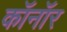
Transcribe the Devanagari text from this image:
कॉनॉर